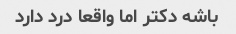
باشه دکتر اما واقعا درد دارد